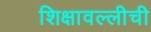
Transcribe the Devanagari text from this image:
शिक्षावल्लीची